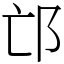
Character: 邙